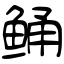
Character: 鲬